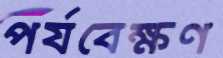
পর্যবেক্ষণ